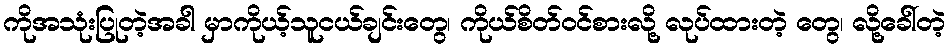
ကိုအသုံးပြုတဲ့အခါ မှာကိုယ့်သူငယ်ချင်းတွေ၊ ကိုယ်စိတ်ဝင်စားလို့ လုပ်ထားတဲ့ တွေ၊ လို့ခေါ်တဲ့